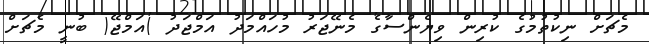
މެޗަށް ނިކުތުމުގެ ކުރިން ވިޔެންސާގެ މެނޭޖަރު މުހައްމަދު އަމްޖަދު )އަމްޖޭ( ބުނީ މެޗަށް